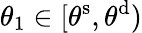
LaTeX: \theta_{1}\in[\theta^{\mathrm{s}},\theta^{\mathrm{d}})